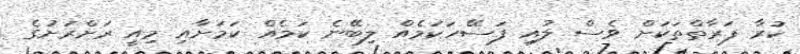
ކުރާ ފަރާތްތަކަށް ވެސް ލުއި ފަސޭހަކަމެއް ލިބޭނެ ކަމެއް ކަމަށާއި މިއީ ރަށްރަށުގެ